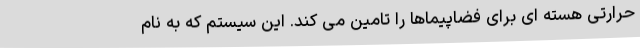
حرارتی هسته ای برای فضاپیماها را تامین می کند. این سیستم که به نام